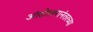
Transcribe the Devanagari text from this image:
आंदोलनानंतरच्या